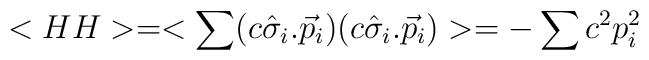
< HH > = < \sum (c \hat{\sigma}_{i}.\vec{p}_{i})( c\hat{\sigma}_{i}.\vec{p}_{i})>= -\sum c^{2}p_{i}^{2}